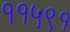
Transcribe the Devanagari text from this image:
११५९१